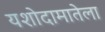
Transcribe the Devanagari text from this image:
यशोदामातेला